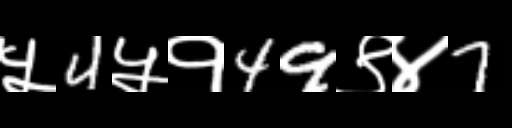
Text: ५4५१49९४7